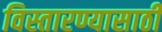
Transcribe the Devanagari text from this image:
विस्तारण्यासाठी